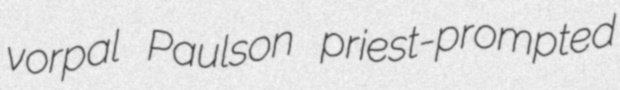
vorpal Paulson priest-prompted